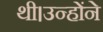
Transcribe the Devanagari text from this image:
थी।उन्होंने